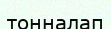
тонналап